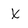
Character: X